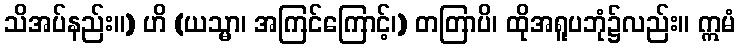
သိအပ်နည်း။) ဟိ (ယသ္မာ၊ အကြင်ကြောင့်၊) တတြာပိ၊ ထိုအရူပဘုံ၌လည်း။ ဣမံ